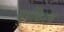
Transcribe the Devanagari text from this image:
सुर्यकिरण